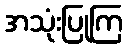
အသုံးပြုကြ